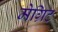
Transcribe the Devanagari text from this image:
मेग्रिट